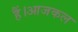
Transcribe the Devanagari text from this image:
हैं।आजकल